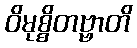
ဝိမုစ္စိတဗ္ဗာတိ